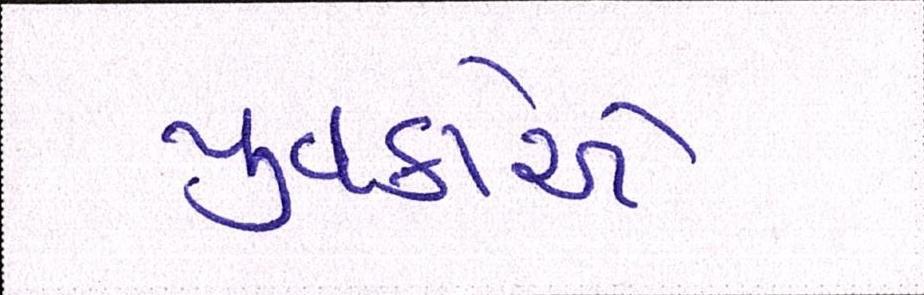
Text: યુવકોએ